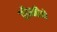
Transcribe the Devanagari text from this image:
रॉम्नीने